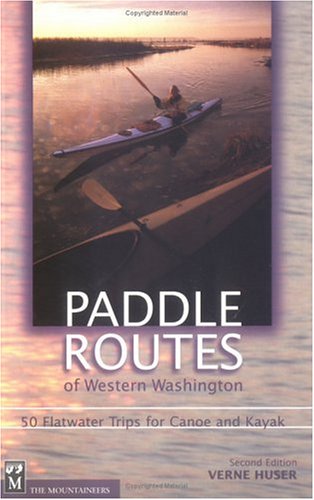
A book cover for Paddle Routes of Western Washington: 50 Flatwater Trips for Canoe and Kayak; Verne Huser; Travel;